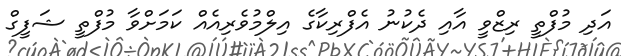
އަދި މުފްތީ ރިޒްވީ އާއި ދެކުނު އެފްރިކާގެ އިލްމުވެރިއެއް ކަމަށްވާ މުފްތީ ޝަފީގް